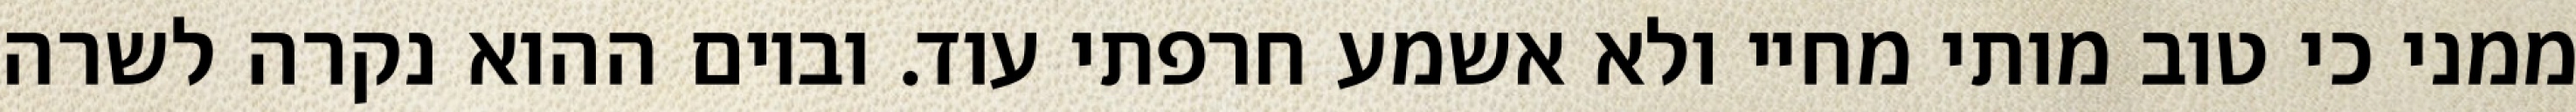
ממני כי טוב מותי מחיי ולא אשמע חרפתי עוד. וביום ההוא נקרה לשרה